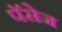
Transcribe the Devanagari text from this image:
पॅसेज